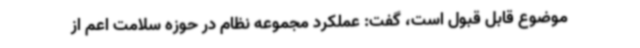
موضوع قابل قبول است، گفت: عملکرد مجموعه نظام در حوزه سلامت اعم از